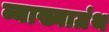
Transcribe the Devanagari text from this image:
व्याख्याग्रंथ